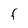
Character: F